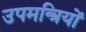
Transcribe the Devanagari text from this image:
उपमन्त्रियों